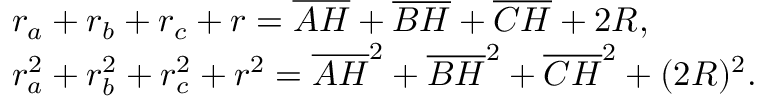
{ \begin{array} { r l } & { r _ { a } + r _ { b } + r _ { c } + r = { \overline { { A H } } } + { \overline { { B H } } } + { \overline { { C H } } } + 2 R , } \\ & { r _ { a } ^ { 2 } + r _ { b } ^ { 2 } + r _ { c } ^ { 2 } + r ^ { 2 } = { \overline { { A H } } } ^ { 2 } + { \overline { { B H } } } ^ { 2 } + { \overline { { C H } } } ^ { 2 } + ( 2 R ) ^ { 2 } . } \end{array} }